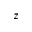
z